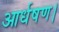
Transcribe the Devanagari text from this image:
आर्धषण।